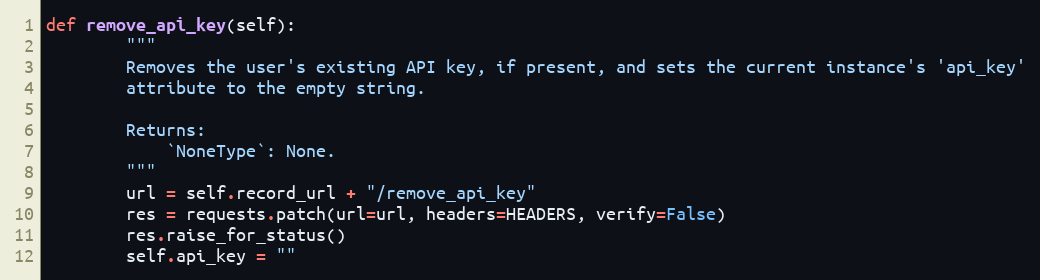
Language: Python
def remove_api_key(self):
        """
        Removes the user's existing API key, if present, and sets the current instance's 'api_key'
        attribute to the empty string.

        Returns:
            `NoneType`: None.
        """
        url = self.record_url + "/remove_api_key"
        res = requests.patch(url=url, headers=HEADERS, verify=False)
        res.raise_for_status()
        self.api_key = ""